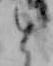
と